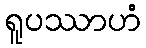
ရူပဿာဟံ